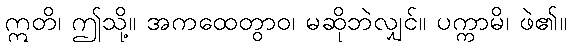
ဣတိ၊ ဤသို့။ အကထေတွာဝ၊ မဆိုဘဲလျှင်။ ပက္ကာမိ၊ ဖဲ၏။